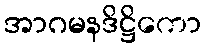
အာဂမနဒိဋ္ဌိကော